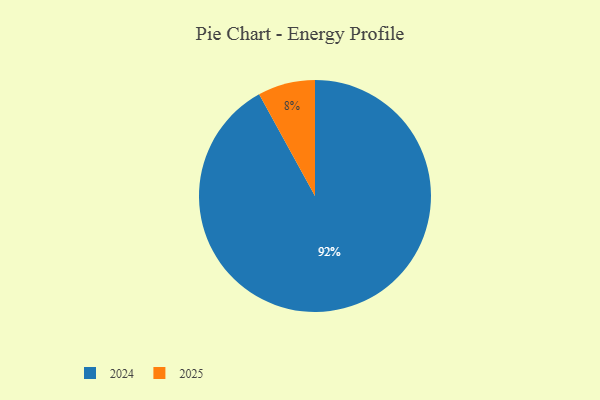
{"axis": {"x": "Category", "y": "Percentage"}, "legend": ["2024", "2025"], "data": [{"x": "2025", "y": 8, "type": "2025"}, {"x": "2024", "y": 92, "type": "2024"}]}